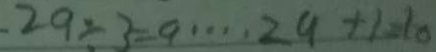
2 9 \div 3 = 9 \cdots 2 9 + 1 = 1 0